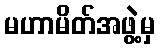
မဟာမိတ်အဖွဲ့မှ